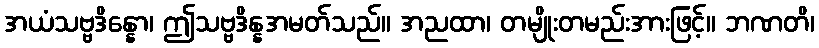
အယံသဗ္ဗဒိန္နော၊ ဤသဗ္ဗဒိန္နအမတ်သည်။ အညထာ၊ တမျိုးတမည်းအားဖြင့်။ ဘဏတိ၊